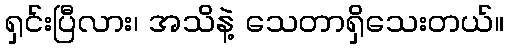
ရှင်းပြီလား၊ အသိနဲ့ သေတာရှိသေးတယ်။